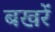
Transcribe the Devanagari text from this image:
बखरें